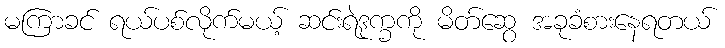
မကြာခင် ရယ်ပစ်လိုက်မယ့် ဆင်းရဲဒုက္ခကို မိတ်ဆွေ အခုခံစားနေရတယ်